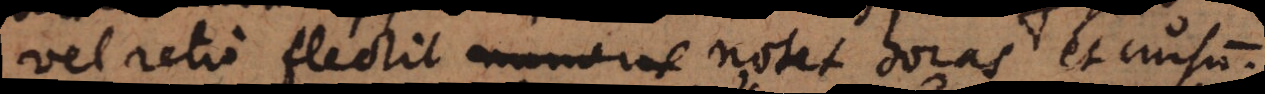
vel retro flectit numerat notet horas et cursum.